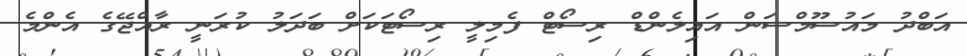
އަބްދު މައުސޫމްސަން އައިލެންޑް ރިސޯޓް ފެމިލީ ރިސޯޓަކަށް ބަދަލު ކުރަނީ ރާއްޖޭގެ އެންމެ